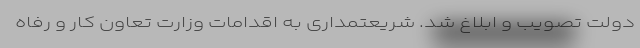
دولت تصویب و ابلاغ شد. شریعتمداری به اقدامات وزارت تعاون کار و رفاه